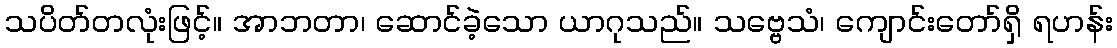
သပိတ်တလုံးဖြင့်။ အာဘတာ၊ ဆောင်ခဲ့သော ယာဂုသည်။ သဗ္ဗေသံ၊ ကျောင်းတော်ရှိ ရဟန်း